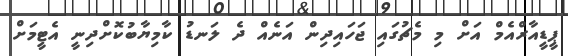
ޕީޑީއާރްއެމް އަށް މި މެޗުގައި ޖަަހައިދިން އަނެއް ދެ ލަނޑު ކާމިޔާބުކޮށްދިނީ އެޓީމަށް